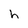
Character: h